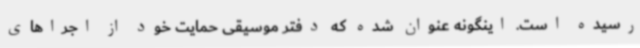
رسیده است. اینگونه عنوان شده که دفتر موسیقی حمایت خود از اجراهای